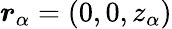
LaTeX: \boldsymbol{r}_{\alpha}=(0,0,z_{\alpha})